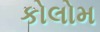
કોલોમ